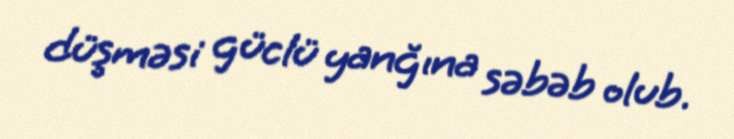
düşməsi güclü yanğına səbəb olub.